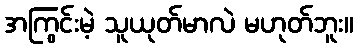
အကြွင်းမဲ့ သူယုတ်မာလဲ မဟုတ်ဘူး။